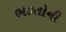
ભકતોની